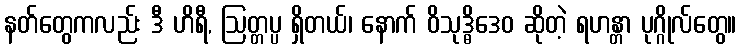
နတ်တွေကလည်း ဒီ ဟိရီ, ဩတ္တပ္ပ ရှိတယ်၊ နောက် ဝိသုဒ္ဓိဒေဝ ဆိုတဲ့ ရဟန္တာ ပုဂ္ဂိုလ်တွေ။